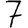
Digit: 7